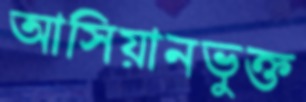
আসিয়ানভুক্ত